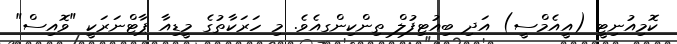
ކޮމިއުނިޓީ (އީއެމްސީ) އަދި ބިއުޓިފުލް ތިންކިންގއެވެ. މި ހަރަކާތުގެ މީޑިއާ ޕާޓްނަރަކީ "ވޮއިސް"